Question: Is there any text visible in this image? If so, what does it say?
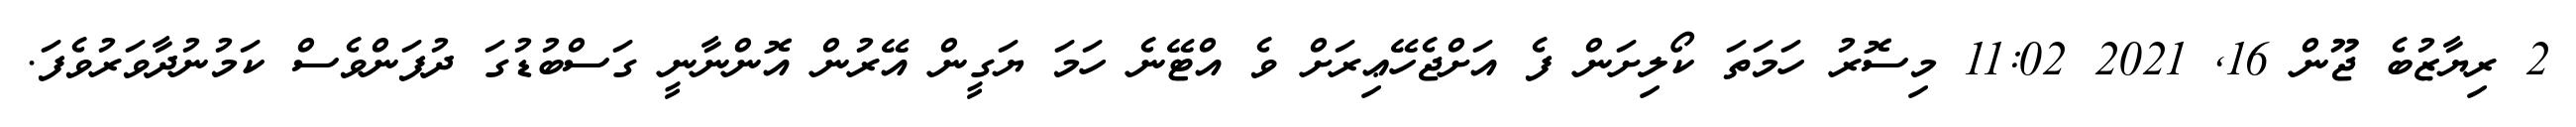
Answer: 2 ރިޔާޒުބެ ޖޫން 16, 2021 11:02 މިސޮރު ހަމަތަ ކޯލިށަން ފެ އަށްޖެހޭޢިރަށް ވެ އްޓޭނެ ހަމަ ޔަގީން އޭރުން އޮންނާނީ ގަސްބުޑުގަ ދުފަންވެސް ކަމުނުދާވަރުވެފަ.